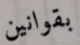
بقوانين